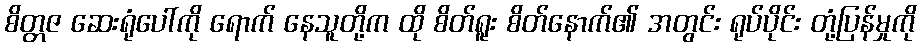
စိတ္တဇ ဆေးရုံပေါ်ကို ရောက် နေသူတို့က ထို စိတ်ရူး စိတ်နောက်၏ အတွင်း ရုပ်ပိုင်း တုံ့ပြန်မှုကို